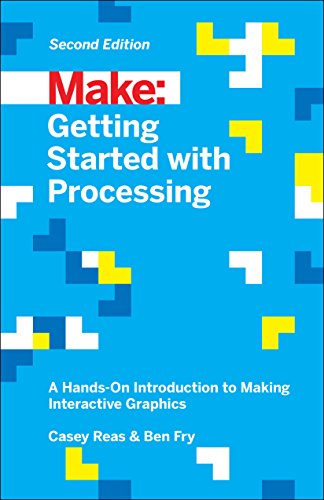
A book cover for Make: Getting Started with Processing: A Hands-On Introduction to Making Interactive Graphics; Casey Reas; Engineering & Transportation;